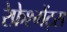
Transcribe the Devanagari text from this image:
रेफ्रेश्मेंट्स